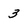
Character: 3